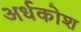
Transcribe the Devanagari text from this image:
अर्धकोश